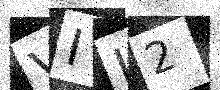
Text: VIL2